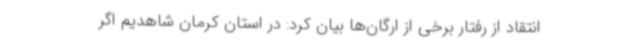
انتقاد از رفتار برخی از ارگان‌ها بیان کرد: در استان کرمان شاهدیم اگر